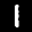
Label: 1